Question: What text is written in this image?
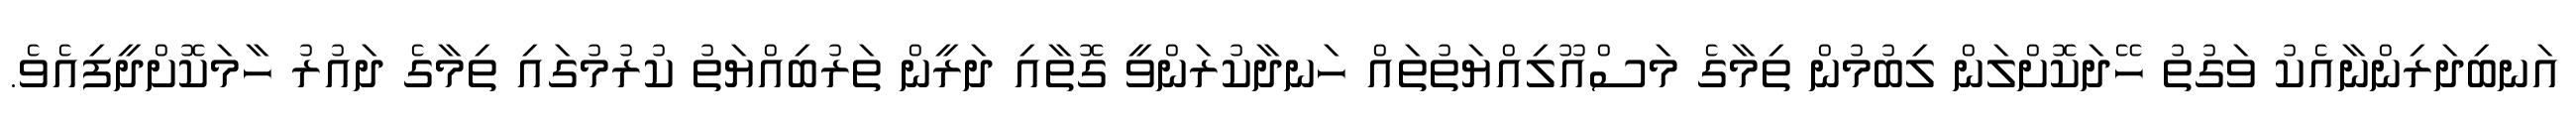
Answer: އަނބިދަރިންނާއެކު ވަގުތު ހޭދަކޮށްލަން ލިބުމުން ތިމާގެ މަސްއޫލިއްޔަތުތައް ހަނދާކުރަންވީ ގޮތާއި ދަރީން ތަރުބިއްޔަތު ކުރުމުގައި ތިމާގެ ދައުރު ހާމަކޮށްދީފިއެވެ.